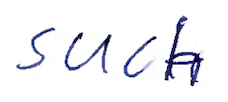
Text: such
Cross-out: clean
Writing tool: ballpoint